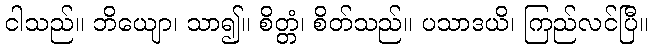
ငါသည်။ ဘိယျော၊ သာ၍။ စိတ္တံ၊ စိတ်သည်။ ပသာဒယိ၊ ကြည်လင်ပြီ။